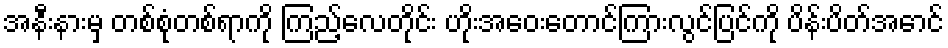
အနီးနားမှ တစ်စုံတစ်ရာကို ကြည့်လေတိုင်း ဟိုးအဝေးတောင်ကြားလွင်ပြင်ကို ပိန်းပိတ်အောင်